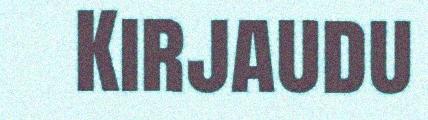
Kirjaudu